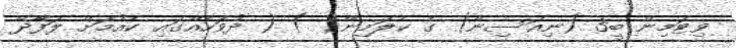
ވިޓަމިން ބީ3 (ނިއަސިން) ގެ ކެލަމިން( ) ( ދުވަހެއްގައި ކެއުމަށް ލަފާދޭ